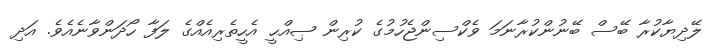
ލޭދިޔާކުރާ ބޭސް ބޭނުންކުރާނަމަ ވެކްސިންޖެހުމުގެ ކުރިން ޞިއްޙީ އެހީތެރިއެއްގެ ލަފާ ހޯދަންވާނެއެވެ. އަދި